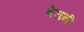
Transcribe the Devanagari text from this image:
बेरानी